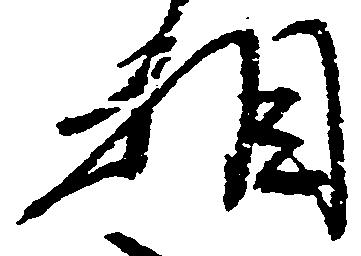
相